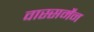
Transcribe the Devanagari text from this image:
वास्सर्मेंन